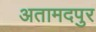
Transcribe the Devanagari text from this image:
अतामदपुर